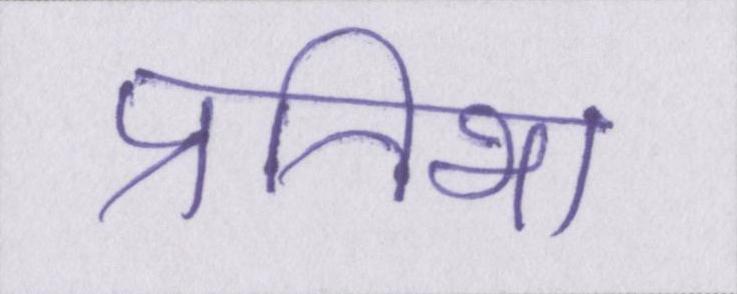
प्रतिभा